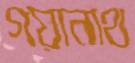
গয়ানাথ